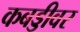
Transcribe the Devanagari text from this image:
कबड्डीवर